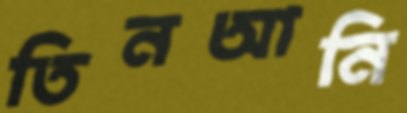
তিনআনি